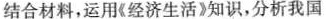
结合材料，运用《经济生活》知识，分析我国